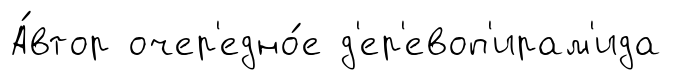
А́втор очер'едно́е д'ер'евоп'ирам'ида